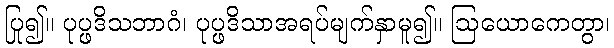
ပြု၍။ ပုပ္ဖဒိသဘာဂံ၊ ပုပ္ဖဒိသာအရပ်မျက်နှာမူ၍။ ဩယောကေတွာ၊